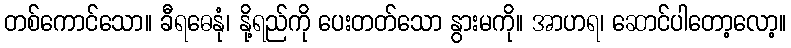
တစ်ကောင်သော။ ခီရဓေနုံ၊ နို့ရည်ကို ပေးတတ်သော နွားမကို။ အာဟရ၊ ဆောင်ပါတော့လော့။